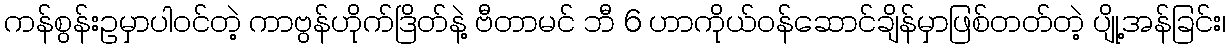
ကန်စွန်းဥမှာပါဝင်တဲ့ ကာဗွန်ဟိုက်ဒြိတ်နဲ့ ဗီတာမင် ဘီ 6 ဟာကိုယ်ဝန်ဆောင်ချိန်မှာဖြစ်တတ်တဲ့ ပျို့အန်ခြင်း၊